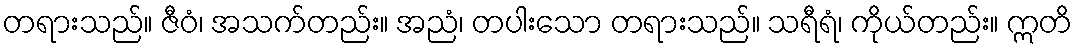
တရားသည်။ ဇီဝံ၊ အသက်တည်း။ အညံ၊ တပါးသော တရားသည်။ သရီရံ၊ ကိုယ်တည်း။ ဣတိ